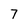
Character: 7